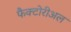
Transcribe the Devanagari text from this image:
फैक्टोरीअल